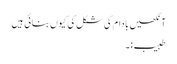
آنکھیں بادام کی شکل کی کیوں بنائی ہیں
طبیب:۔